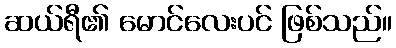
ဆယ်ရီ၏ မောင်လေးပင် ဖြစ်သည်။